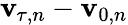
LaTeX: \boldsymbol{\mathbf{v}}_{\! \; \! \tau,n}-\boldsymbol{\mathbf{v}}_{0,n}